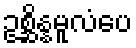
ဥစ္ဆိန္နမူလံပေ